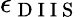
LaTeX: \epsilon_{\mathrm{~D~I~I~S~}}